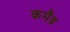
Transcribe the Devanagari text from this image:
कमैंड